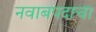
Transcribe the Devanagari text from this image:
नवाबपदाचा